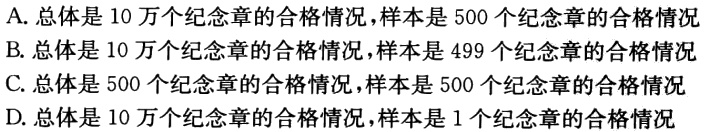
A. 总体是 10 万个纪念章的合格情况，样本是 500 个纪念章的合格情况
B. 总体是 10 万个纪念章的合格情况，样本是 499 个纪念章的合格情况
C. 总体是 500 个纪念章的合格情况，样本是 500 个纪念章的合格情况
D. 总体是 10 万个纪念章的合格情况，样本是 1 个纪念章的合格情况